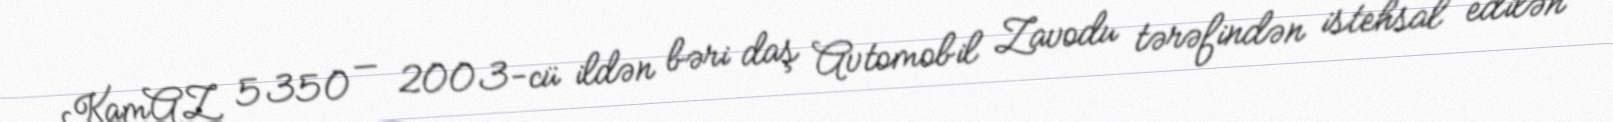
KamAZ 5350 — 2003-cü ildən bəri daş Avtomobil Zavodu tərəfindən istehsal edilən